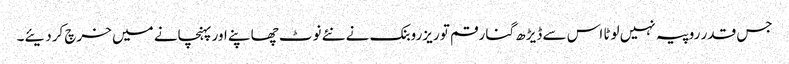
جس قدر روپیہ نہیں لوٹا اس سے ڈیڑھ گنا رقم تو ریزروبنک نے نئے نوٹ چھاپنے اور پہنچانے میں خرچ کردیئے۔